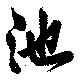
池